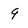
Character: 9